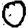
Digit: 0